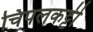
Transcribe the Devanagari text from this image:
चिपलकट्टी